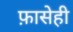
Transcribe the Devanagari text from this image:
फ़ासेही